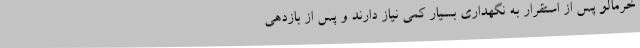
خرمالو پس از استقرار به نگهداری بسیار کمی نیاز دارند و پس از بازدهی